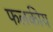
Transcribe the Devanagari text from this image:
फलकीय